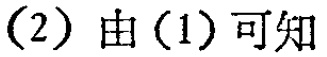
(2) 由(1)可知